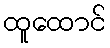
ထူထောင်